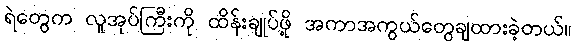
ရဲတွေက လူအုပ်ကြီးကို ထိန်းချုပ်ဖို့ အကာအကွယ်တွေချထားခဲ့တယ်။